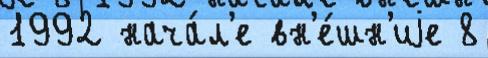
1992 нача́л'е вн'е́шн'иjе 8